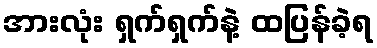
အားလုံး ရှက်ရှက်နဲ့ ထပြန်ခဲ့ရ